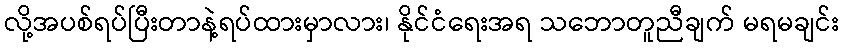
လို့အပစ်ရပ်ပြီးတာနဲ့ရပ်ထားမှာလား၊ နိုင်ငံရေးအရ သဘောတူညီချက် မရမချင်း